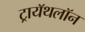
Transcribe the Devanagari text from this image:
ट्रायॅथलॉन